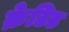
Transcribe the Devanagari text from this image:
क्रेटिड